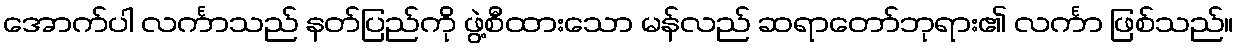
အောက်ပါ လင်္ကာသည် နတ်ပြည်ကို ဖွဲ့စီထားသော မန်လည် ဆရာတော်ဘုရား၏ လင်္ကာ ဖြစ်သည်။